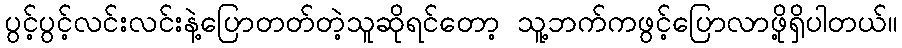
ပွင့်ပွင့်လင်းလင်းနဲ့ပြောတတ်တဲ့သူဆိုရင်တော့ သူ့ဘက်ကဖွင့်ပြောလာဖို့ရှိပါတယ်။